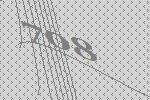
708